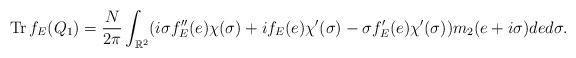
LaTeX: \begin{align*} \operatorname{Tr} f_{E}(Q_1)=\frac{N}{2 \pi} \int_{\mathbb{R}^2}(i \sigma f^{\prime \prime}_E(e) \chi(\sigma)+if_E(e)\chi^{\prime}(\sigma)-\sigma f_{E}^{\prime}(e) \chi^{\prime}(\sigma))m_2(e+i\sigma)de d\sigma.\end{align*}